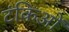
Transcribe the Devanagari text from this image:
टंकिओं